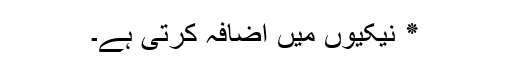
٭ نیکیوں میں اضافہ کرتی ہے۔